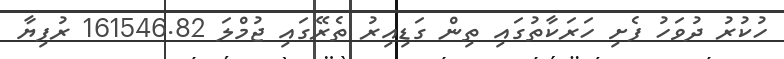
ހުކުރު ދުވަހު ފެށި ހަރަކާތުގައި ތިން ގަޑިއިރު ތެރޭގައި ޖުމްލަ 161546.82 ރުފިޔާ